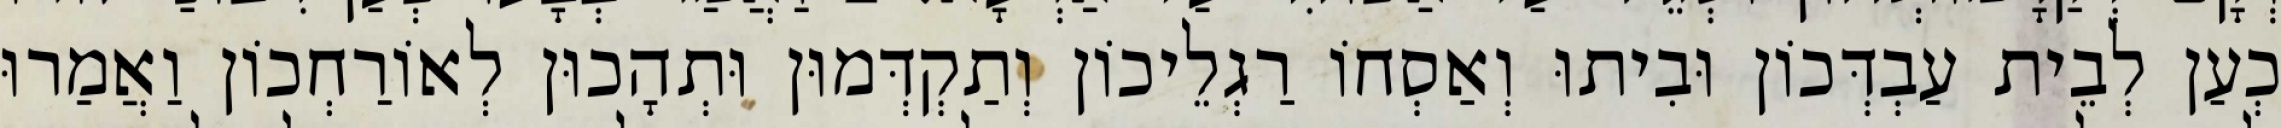
כְעַן לְבֵית עַבְדְּכוֹן וּבִיתוּ וְאַסְחוֹ רַגְלֵיכוֹן וְתַקְדְּמוּן וּתְהָכוּן לְאוֹרַחְכוֹן וַאֲמַרוּ